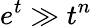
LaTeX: e^{t}\gg t^{n}